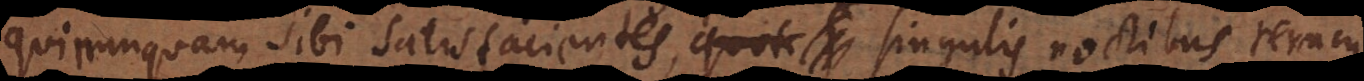
qui nunquam sibi satisfacientes, singulis noctibus rerum